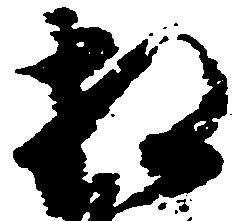
相